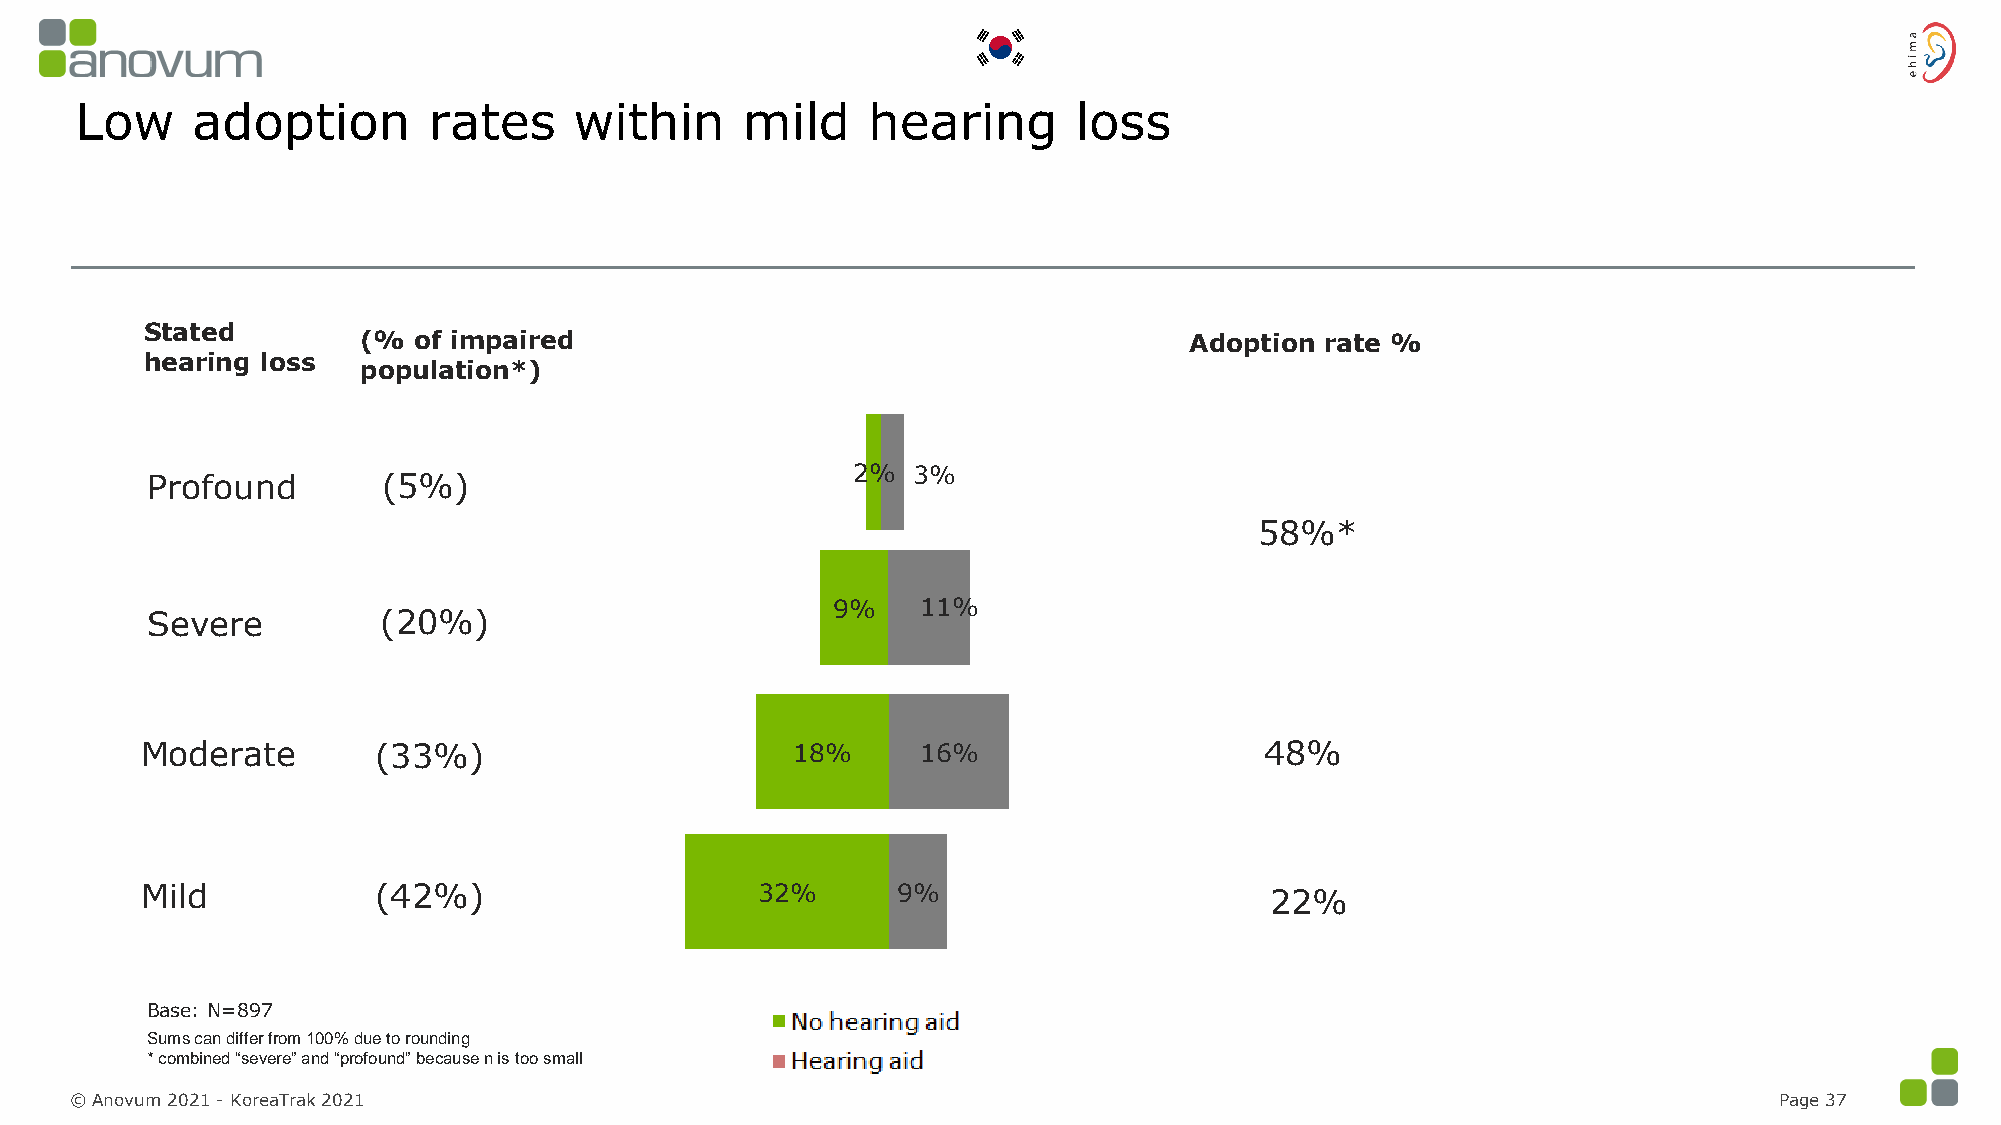
Low     adoption       rates     within     mild    hearing       loss
 Stated
 (% of impaired                                         Adoption rate %
 hearing loss
 population*)
 2%  3%
 Profound       (5%)
 58%*
 9%    11%
 Severe         (20%)
 Moderate        (33%)                      18%      16%                    48%
 Mild            (42%)                    32%      9%                       22%
 Base: N=897
 Sums can differ from 100% due to rounding
 * combined “severe” and “profound” because n is too small
 © Anovum 2021 -KoreaTrak 2021                                                                                    Page 37